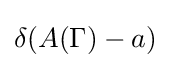
\delta (A(\Gamma )-a)